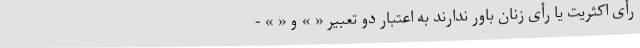
رأی اکثریت یا رأی زنان باور ندارند به اعتبار دو تعبیر « » و « » -